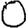
Digit: 0